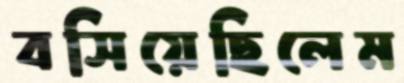
বসিয়েছিলেম